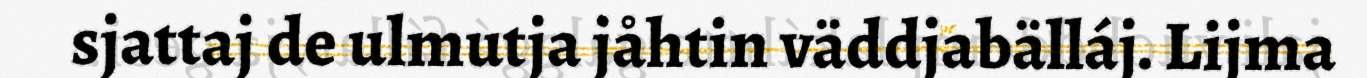
sjattaj de ulmutja jåhtin väddjabälláj. Lijma